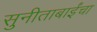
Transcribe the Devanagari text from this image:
सुनीताबाईंचा